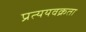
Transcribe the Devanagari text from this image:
प्रत्ययवक्रता